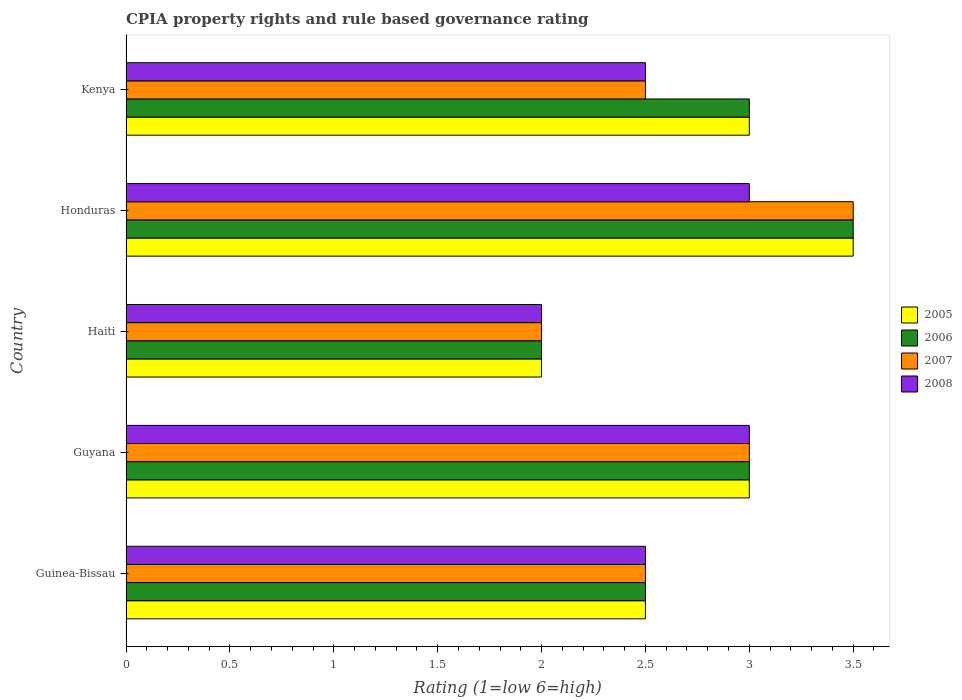
| Country | 2005 | 2006 | 2007 | 2008 |
 | --- | --- | --- | --- | --- |
 | Guinea-Bissau | 2.5 | 2.5 | 2.5 | 2.5 |
 | Guyana | 3 | 3 | 3 | 3 |
 | Haiti | 2 | 2 | 2 | 2 |
 | Honduras | 3.5 | 3.5 | 3.5 | 3 |
 | Kenya | 3 | 3 | 2.5 | 2.5 |